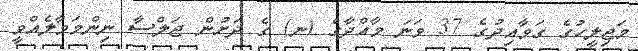
މަޖިލީހުގެ ގަވާއިދުގެ 37 ވަނަ މާއްދާގެ (ނ) ގެ ދަށުން ޖަލްސާ ނިންމަވާލެއްވީ